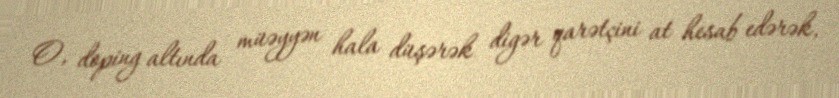
O, doping altında müəyyən hala düşərək digər qarətçini at hesab edərək,